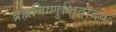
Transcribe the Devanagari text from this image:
ब्रह्मविष्णुशिवादयः